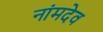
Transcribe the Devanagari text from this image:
नांमदेव